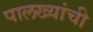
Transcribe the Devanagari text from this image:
पालख्यांची